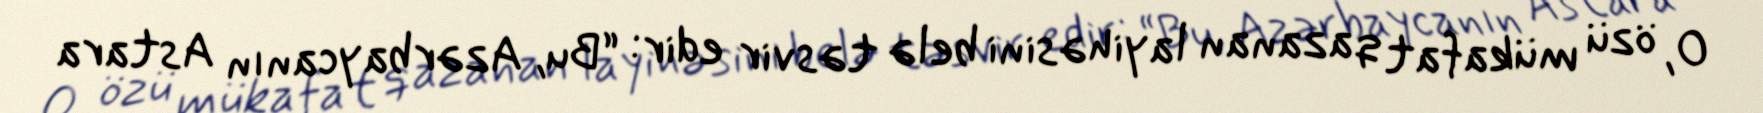
O, özü mükafat qazanan layihəsini belə təsvir edir: “Bu, Azərbaycanın Astara